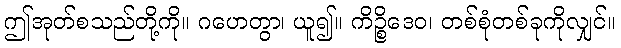
ဤအုတ်စသည်တို့ကို။ ဂဟေတွာ၊ ယူ၍။ ကိဉ္စိဒေဝ၊ တစ်စုံတစ်ခုကိုလျှင်။